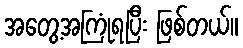
အတွေ့အကြုံရပြီး ဖြစ်တယ်။